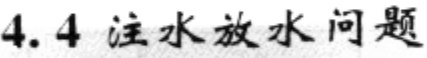
4.4 注水放水问题